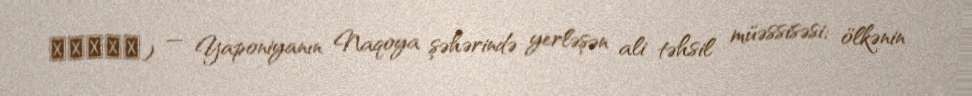
名古屋大学) — Yaponiyanın Naqoya şəhərində yerləşən ali təhsil müəssisəsi; ölkənin